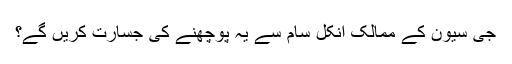
جی سیون کے ممالک انکل سام سے یہ پوچھنے کی جسارت کریں گے؟